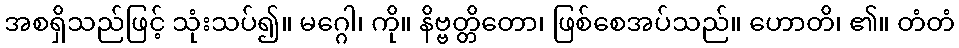
အစရှိသည်ဖြင့် သုံးသပ်၍။ မဂ္ဂေါ၊ ကို။ နိဗ္ဗတ္တိတော၊ ဖြစ်စေအပ်သည်။ ဟောတိ၊ ၏။ တံတံ